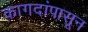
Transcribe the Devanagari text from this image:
कागदांपासून